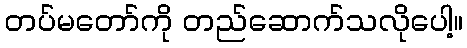
တပ်မတော်ကို တည်ဆောက်သလိုပေါ့။